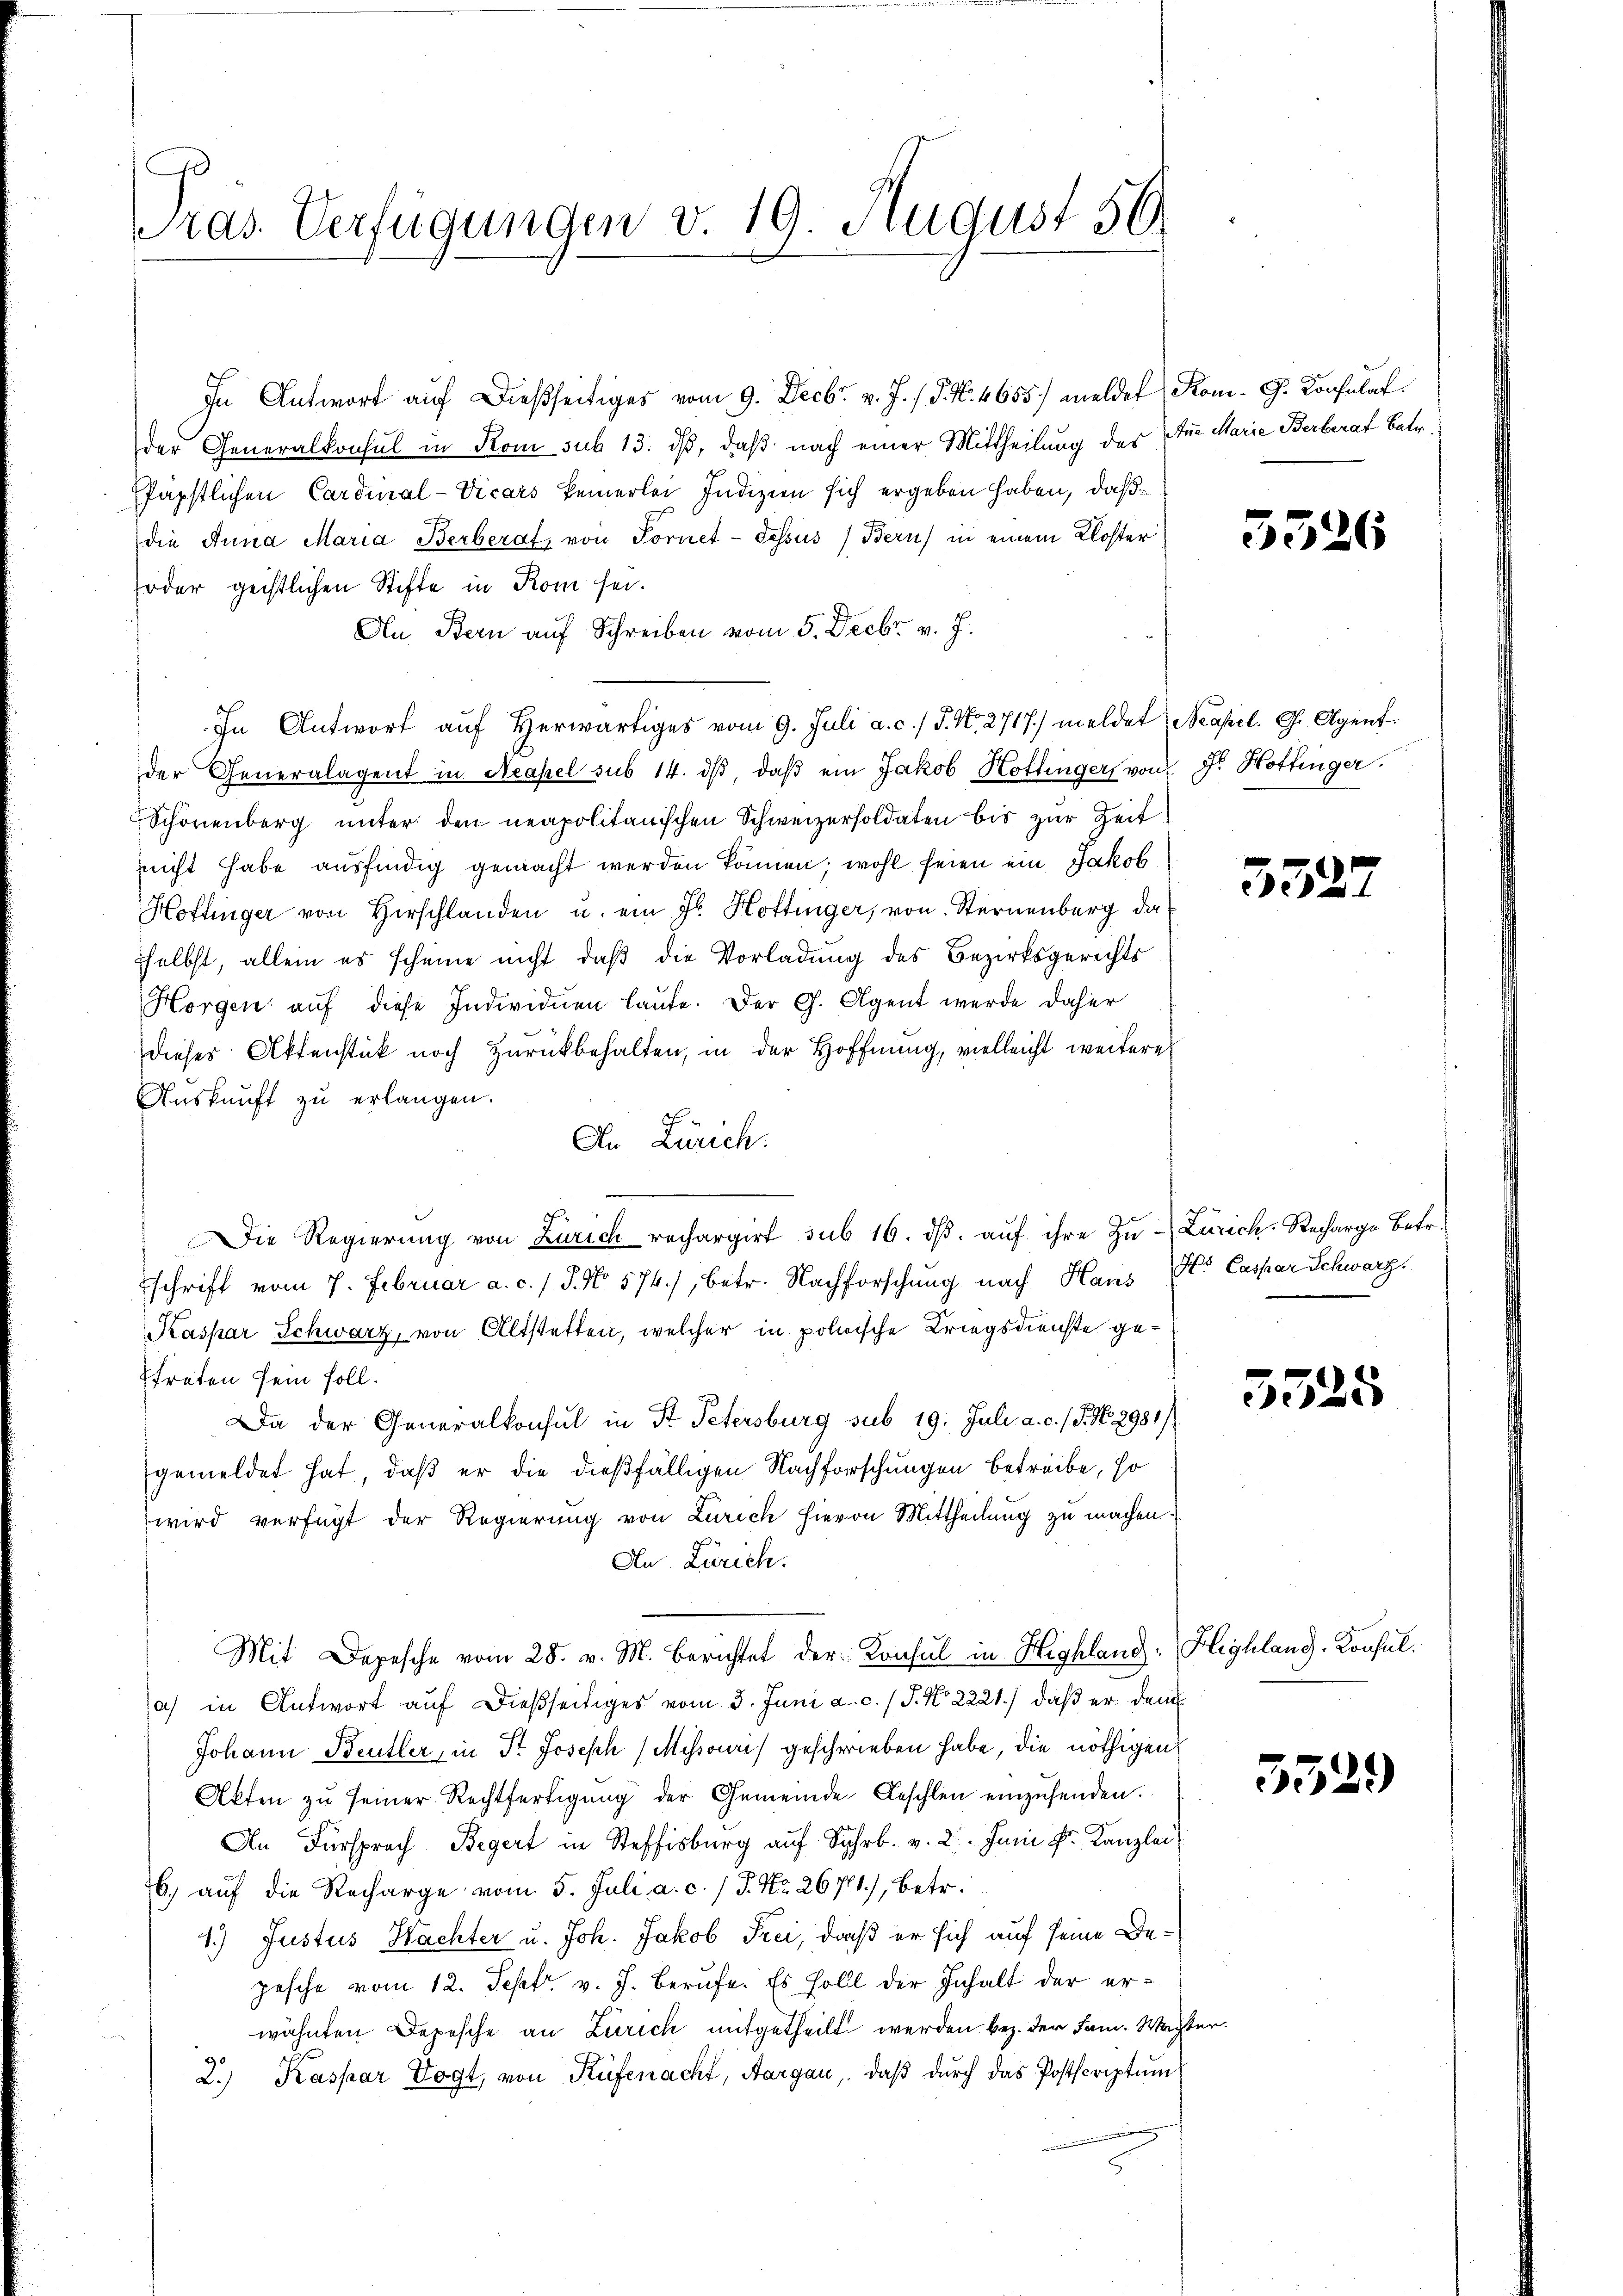
ras. Verfügungen v. 19. August 56

In Antwort auf dießseitiges vom 9. Decbr. v. J. / 5. N. 4655/ meldet Rom. G. Konsulat
der Generalkonsul in Rom sub 13. ds, daß nach einer Mittheilung des
Papstlichen Cardinal-Vicars keinerlei Indizien sich ergeben haben, daß
die Anna Maria Berberaf, von Fornet - dessus (Bern) in einem Kloster
foder geistlichen Stifte in Rom sei.
An Bern auf Schreiben vom 5. Decbr. v. J.
In Antwort aŭf herwärtiges vom 9. Juli a. c. J. N. 2717.) meldet Neapel. G. Agent
der Generalagent in Neapel sub 14. dβ, daß ein Jakob Hottinger von Dr. Hottinger.
Schönenberg unter den neapolitanischen Schweizersoldaten bis zur Zeit
nicht habe ausfindig gemacht werden können; wohl seien ein Jakob
Hottinger von Herschlanden u. ein Fr. Hottinger, von Sternenberg dasselbst, allein es scheine nicht, daß die Vorladung des Bezirksgerichts
Horgen aŭf diese Individuen laŭte. Der G. Agent werde daher
dieses Aktenstück noch zurückbehalten, in der Hoffnung, vielleicht weitere
Auskunft zu erlangen.
7
An Zürich.
Die Regierŭng von Zürich rechargirt sub 16. dβ aŭf ihre Zŭ-Zürich-Recharge betr.
schrift vom 7. Februar a. c. / 5. No 574), betr. Nachforschung nach Hans Sr. Caspar Schwarz
Kaspar Schwarz, von Altstetten, welcher in polische Kriegsdienste getreten sein soll.
Da der Generalkonsul in Fr. Petersburg sub 19. Juli a. c. (T. N. 2981)
gemeldet hat, daß er die dießfälligen Nachforschungen betreibe, so
wird verfügt der Regierung von Zürich hievon Mittheilung zu machen.
An Zürich.
Mit Depesche vom 28. v. M. berichtet der Konsul in Highland: Highland. Konsul
a) in Antwort auf dießseitiges vom 3. Juni a. c. / J. No 2221.) daß er dem
Johann Betler, in Dr. Joseph (Mihsouri) geschrieben habe, die nöthigen
Akten zŭ seiner Rechtfertigŭng der Gemeinde Geschlen einzŭsenden.
An Fürsprach Begert in Steffisburg auf Sahrb. v. 2. Juni fr. Kanzlei
6. aŭf die Recharge vom 5. Juli a. c. / P. Nr. 26711), betr.
1.) Justus Nachter u. Joh. Jakob Frei, daß er sich auf seine Depesche vom 12. Sept v. J. Berufe. Es soll der Inhalt der erwähnten Depesche an Zürich mitgetheilt werden bez. der Fam. Machten.
2.) Kaspar Vogt, von Rüfenacht, Aargau. daβ dŭrch das Postscriptum

Ane Marie Berberat Betr.

5526

552

5525

5529)